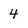
Character: 4